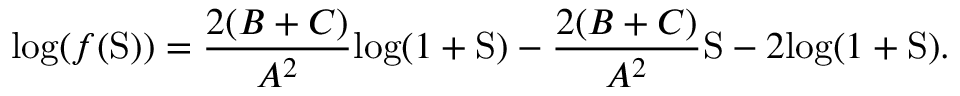
\mathrm { l o g } ( f ( \mathrm { S } ) ) = \frac { 2 ( B + C ) } { A ^ { 2 } } \mathrm { l o g } ( 1 + \mathrm { S } ) - \frac { 2 ( B + C ) } { A ^ { 2 } } \mathrm { S } - 2 \mathrm { l o g } ( 1 + \mathrm { S } ) .